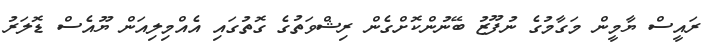
ރައީސް ޔާމީން މަގާމުގެ ނުފޫޒު ބޭނުންކޮށްގެން ރިޝްވަތުގެ ގޮތުގައި އެއްމިލިއަން ޔޫއެސް ޑޮލަރު